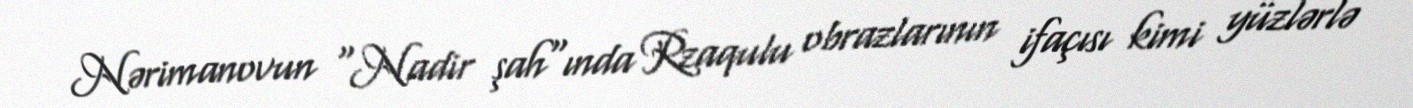
Nərimanovun "Nadir şah"ında Rzaqulu obrazlarının ifaçısı kimi yüzlərlə